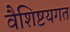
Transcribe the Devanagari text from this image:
वैशिष्टयगत